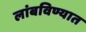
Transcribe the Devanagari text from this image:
लांबविण्यात